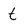
Character: t